65_HS1-834228961_62-HQ-83894_Serial_130
Agency: FBI
Page 16
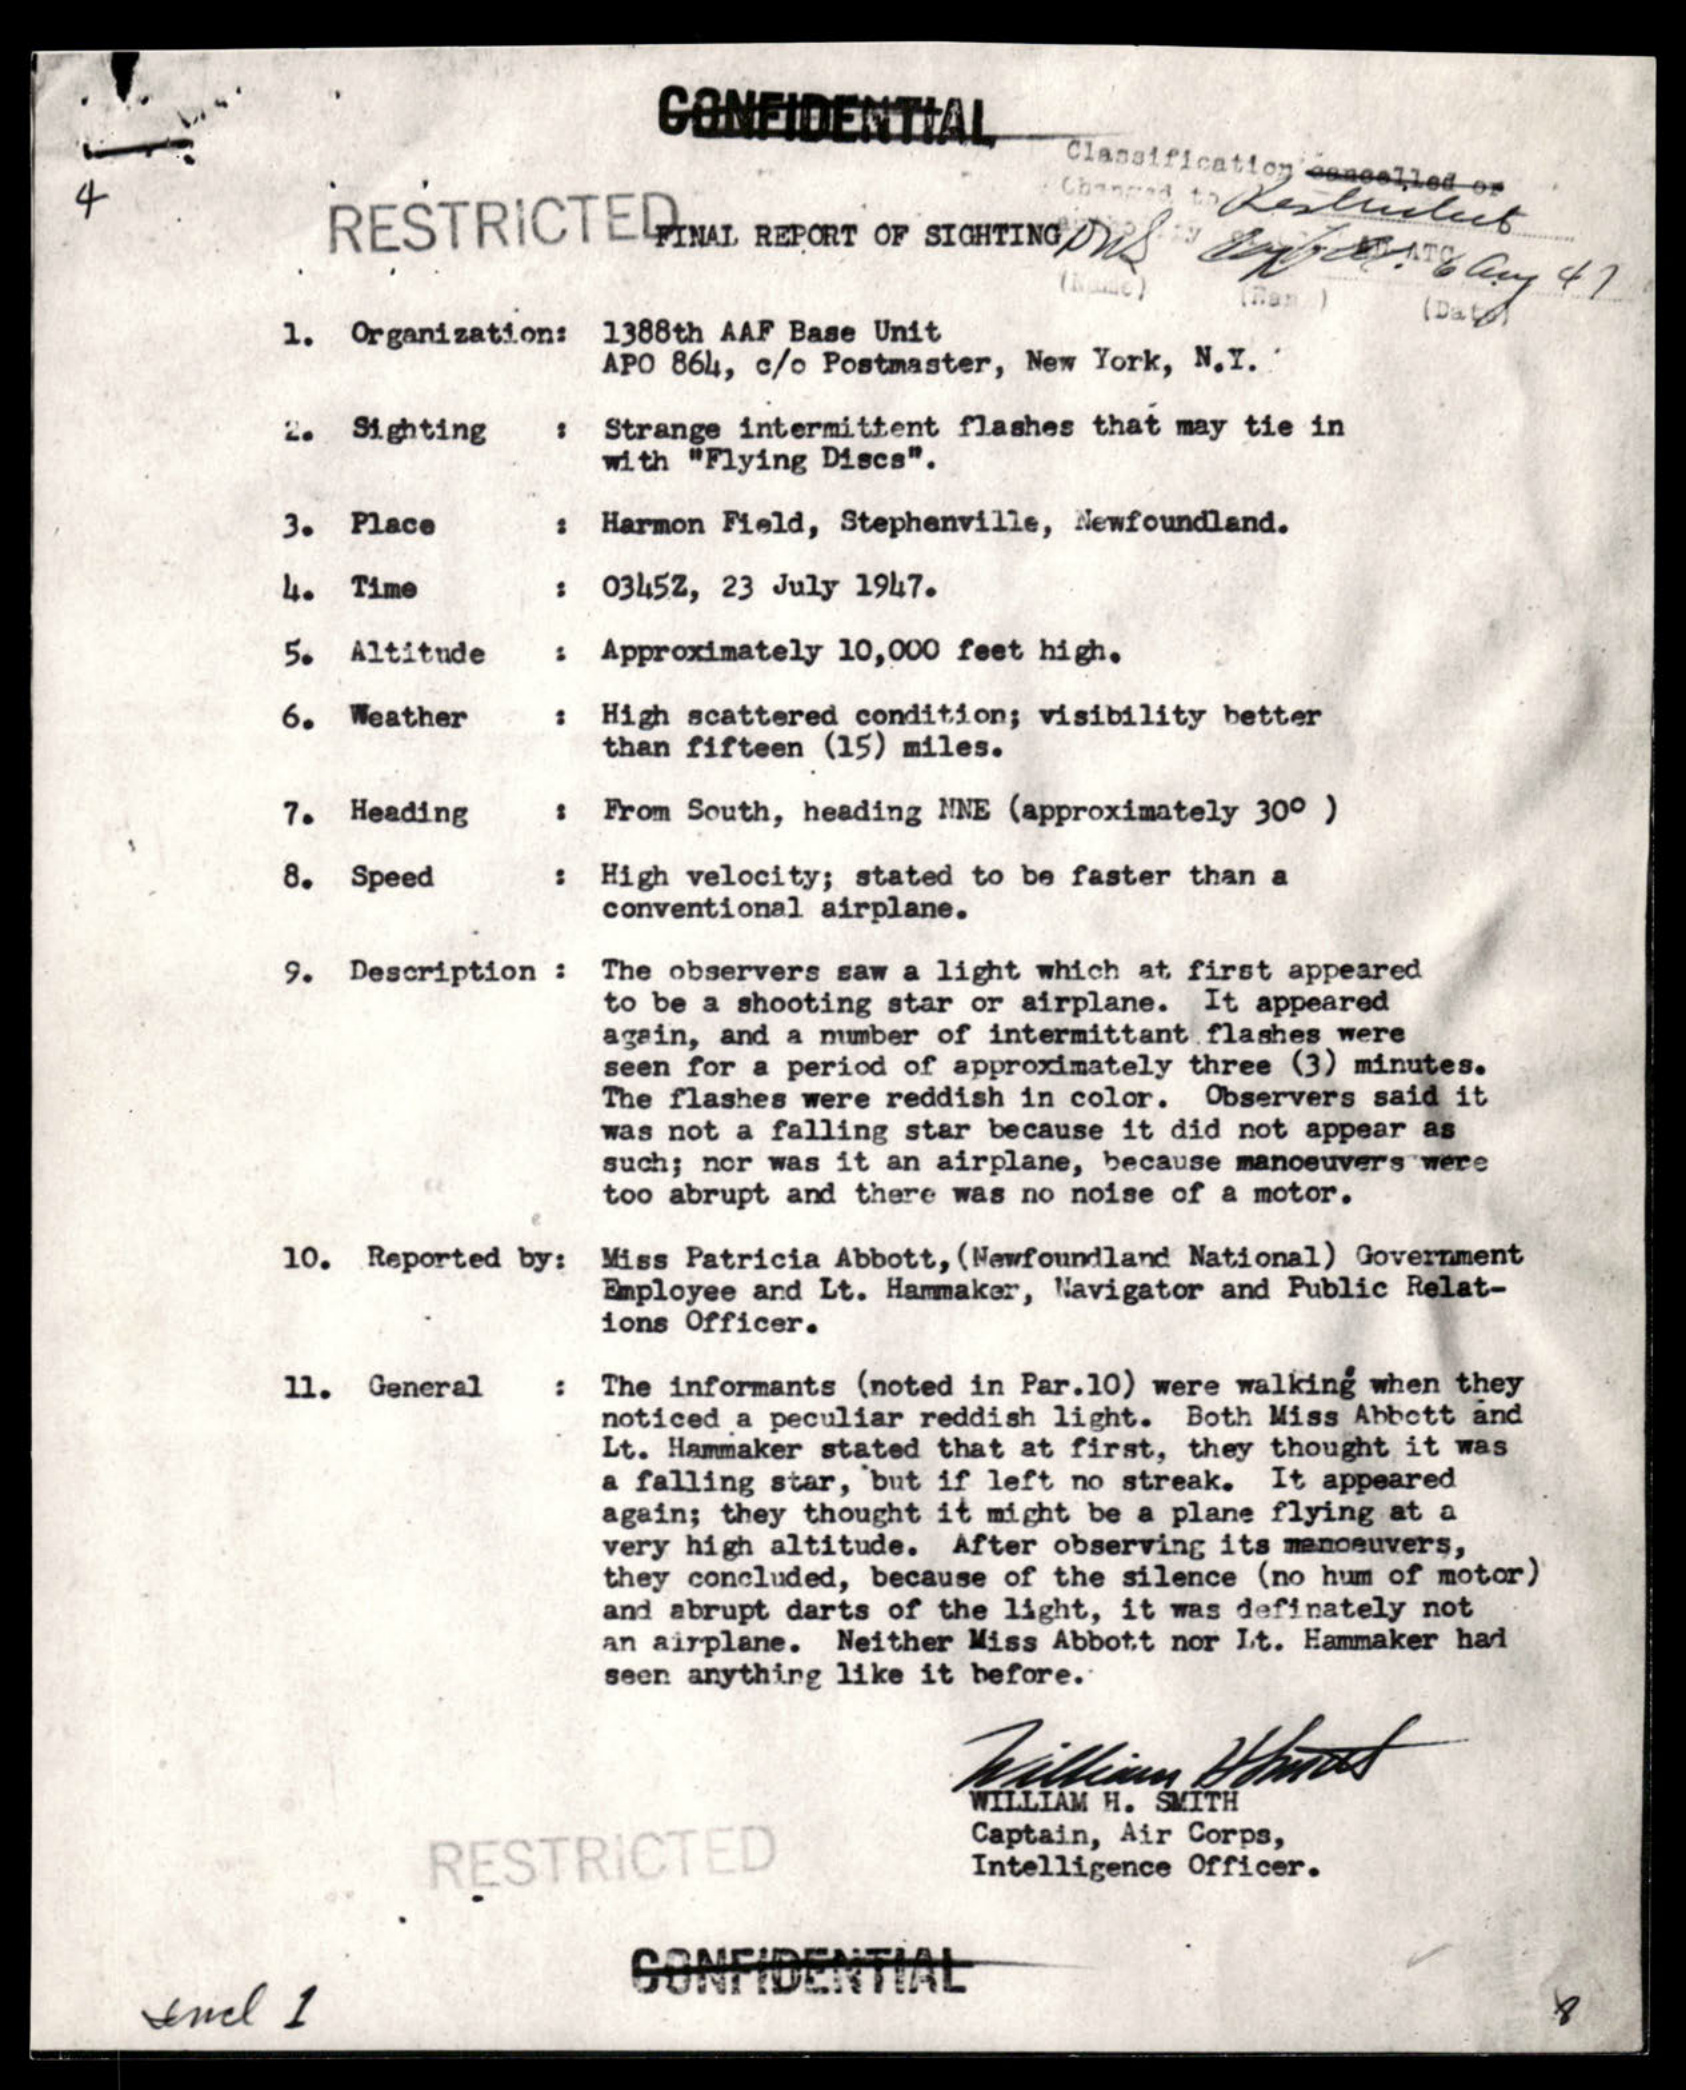